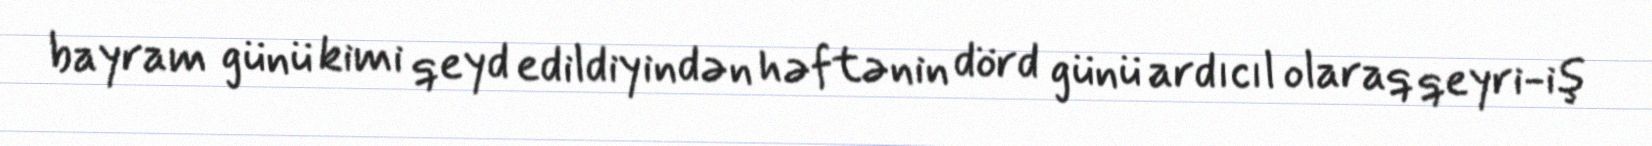
bayram günü kimi qeyd edildiyindən həftənin dörd günü ardıcıl olaraq qeyri-iş